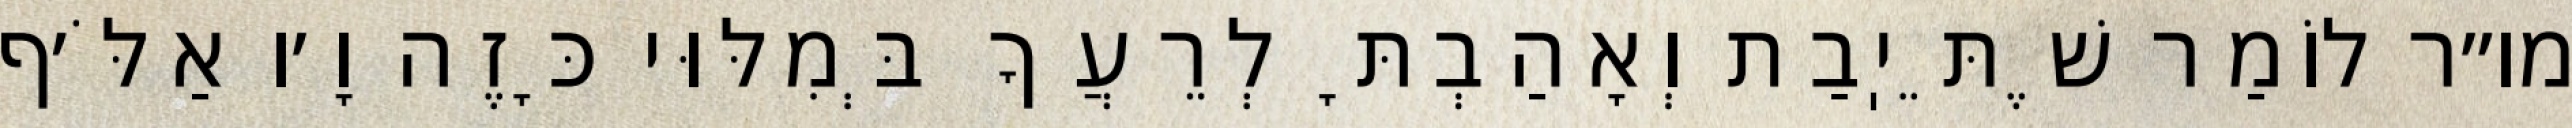
מו״ר לוֹמַר שֶׁתֵּיֽבַת וְאָהַבְתָּ לְרֵעֲךָ בְּמִלּוּי כָּזֶה וָ׳ו אַלֹּ׳ף